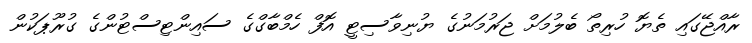
ރާއްޖޭގައި ތެޔޮ ހުރިތޯ ބެލުމަށް ޖަރުމަނުގެ ޔުނިވާސިޓީ އޮފް ހެމްބާގްގެ ސައިންޓިސްޓުންގެ ގުރޫޕަކުން